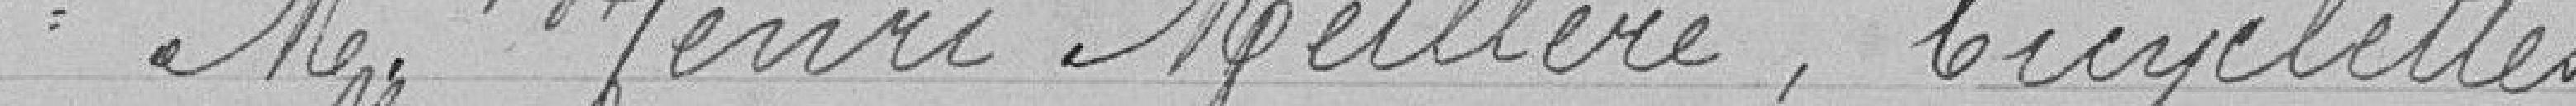
1° M. Henri Meillère, bicyclettes